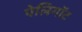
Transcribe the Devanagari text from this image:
पेलिगॉट